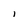
Character: l